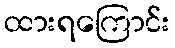
ထားရကြောင်း